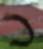
כ